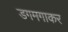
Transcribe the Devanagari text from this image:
डगमगाकर